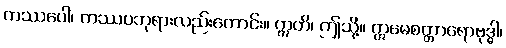
ကဿပေါ၊ ကဿပဘုရားလည်းကောင်း။ ဣတိ၊ ဤသို့။ ဣမေစတ္တာရောဗုဒ္ဓါ၊